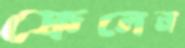
ফেলেন